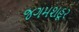
જગમશહૂર